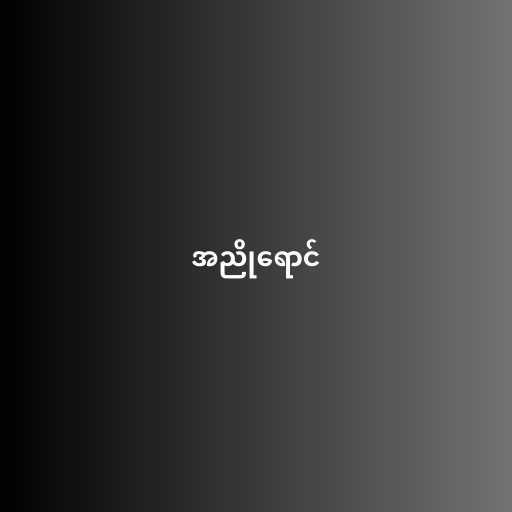
အညိုရောင်